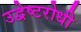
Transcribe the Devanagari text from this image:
उद्वेष्टरोधी